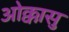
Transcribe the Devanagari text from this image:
ओक्कासु